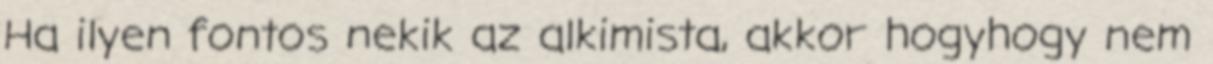
Ha ilyen fontos nekik az alkimista, akkor hogyhogy nem